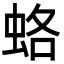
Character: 蛒